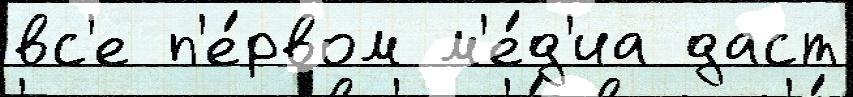
вс'е п'е́рвом м'е́д'иа даст